Vaccination in Bombay 1856-1862 - 1856-1862
Year: 1856
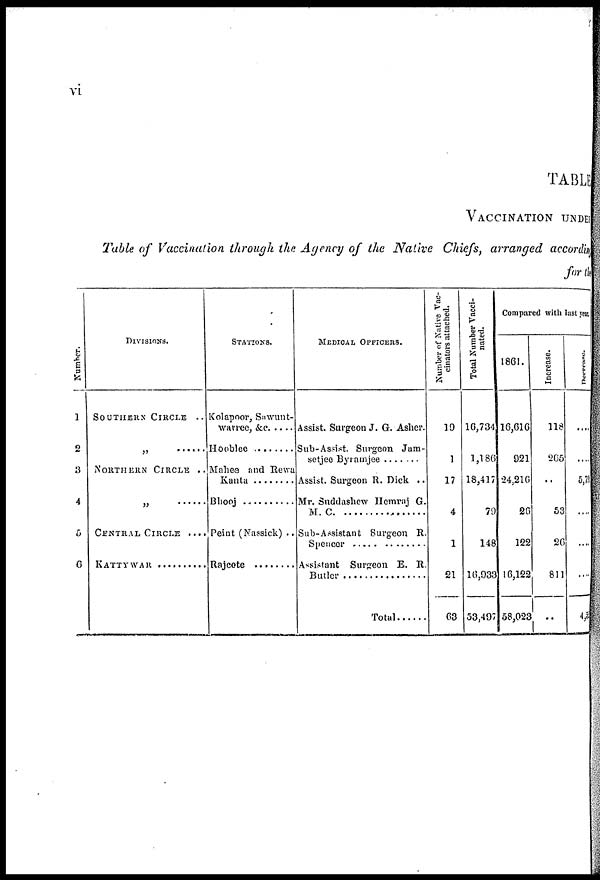
vi
TABLE
VACCINATION UNDER
Table of Vaccination through the Agency of the Native Chiefs, arranged according
for the
Number.
1
2
3
4
5
6
DIVISIONS.
SOUTHERN CIRCLE ..
„ .......
NORTHERN CIRCLE ..
„ .......
CENTRAL CIRCLE .....
KATTYWAR ........
STATIONS.
Kolapoor, Sawunt¬
warree, &c. ....
Hooblee ..........
Mahee and Rewa
Kanta .......
Mr. Suddashew Hemraj G.
M.C. .............
Peint (Nassick) ..
Rajcote
MEDICAL OFFICERS.
Assist. Surgeon J. G. Asher.
Sub-Assist. Surgeon Jam¬
setjee Byramjee .......
Assist. Surgeon R. Dick ..
Mr. Suddashew Hemraj G.
M. C. ...............
Sub-Assistant Surgeon R.
Speneer ...............
Assistant Surgeon E. R.
Butler ...................
Total ......
Number of Native Vac-
cinators attached.
10
1
17
4
1
21
63
Total Number Vncci¬
nated.
16,734
1,186
18,417
79
148
16,933
53,497
Compared with last year.
1861.
16,616
921
24,216
26
122
16,122
58,023
Increase.
118
265
..
53
26
811
..
Decrease.
....
....
5,790
....
....
....
4,560